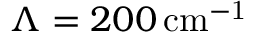
\Lambda = 2 0 0 \, \mathrm { c m ^ { - 1 } }